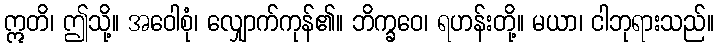
ဣတိ၊ ဤသို့။ အဝေါစုံ၊ လျှောက်ကုန်၏။ ဘိက္ခဝေ၊ ရဟန်းတို့။ မယာ၊ ငါဘုရားသည်။